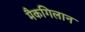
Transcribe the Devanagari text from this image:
मैकगिलान